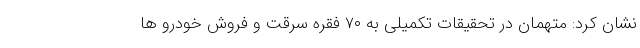
نشان کرد: متهمان در تحقیقات تکمیلی به ۷۰ فقره سرقت و فروش خودرو ها